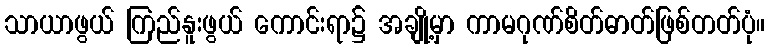
သာယာဖွယ် ကြည်နူးဖွယ် ကောင်းရာ၌ အချို့မှာ ကာမဂုဏ်စိတ်ဓာတ်ဖြစ်တတ်ပုံ။